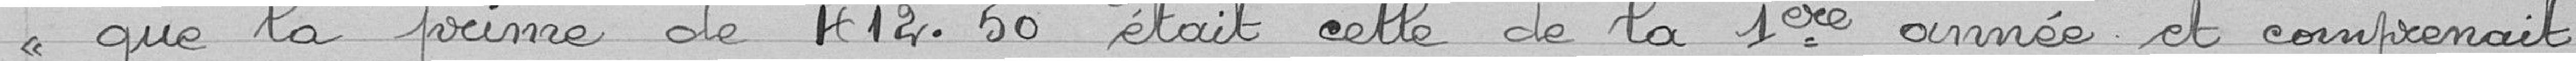
"que la prime de 412,50 était celle de la 1ère année et comprenait